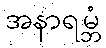
အနာရမ္ဘံ